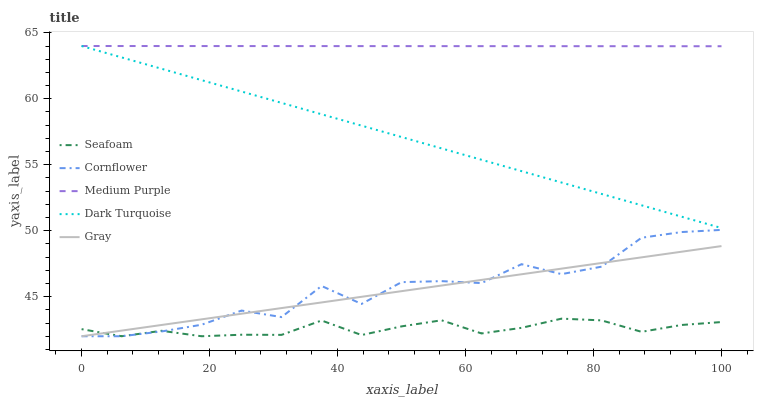
| xaxis_label | Seafoam | Cornflower | Medium Purple | Dark Turquoise | Gray |
 | --- | --- | --- | --- | --- | --- |
 | 0 | 42.5 | 42 | 64 | 64 | 42 |
 | 6.25 | 42 | 42 | 64 | 63.1 | 42.4 |
 | 12.5 | 42.4 | 42.4 | 64 | 62.3 | 42.9 |
 | 18.8 | 42 | 42.9 | 64 | 61.4 | 43.3 |
 | 25 | 42.1 | 43.9 | 64 | 60.6 | 43.7 |
 | 31.2 | 42.1 | 43.5 | 64 | 59.7 | 44.1 |
 | 37.5 | 43.2 | 45.8 | 64 | 58.8 | 44.6 |
 | 43.8 | 42.1 | 44.5 | 64 | 58 | 45 |
 | 50 | 42.7 | 46.1 | 64 | 57.1 | 45.4 |
 | 56.2 | 43.2 | 46.2 | 64 | 56.2 | 45.8 |
 | 62.5 | 42.2 | 46 | 64 | 55.4 | 46.3 |
 | 68.8 | 42.6 | 47.5 | 64 | 54.5 | 46.7 |
 | 75 | 43.3 | 46.7 | 64 | 53.7 | 47.1 |
 | 81.2 | 43.2 | 47.3 | 64 | 52.8 | 47.6 |
 | 87.5 | 42.3 | 49.5 | 64 | 51.9 | 48 |
 | 93.8 | 42.9 | 49.9 | 64 | 51.1 | 48.4 |
 | 100 | 43.1 | 50.1 | 64 | 50.2 | 48.8 |